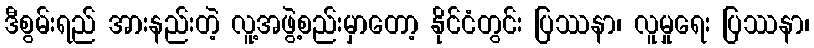
ဒီစွမ်းရည် အားနည်းတဲ့ လူ့အဖွဲ့စည်းမှာတော့ နိုင်ငံတွင်း ပြဿနာ၊ လူမှုရေး ပြဿနာ၊